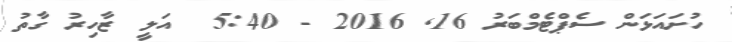
ހުށައަޅަން ސެޕްޓެމްބަރު 16